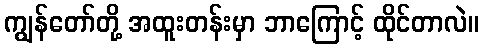
ကျွန်တော်တို့ အထူးတန်းမှာ ဘာကြောင့် ထိုင်တာလဲ။